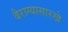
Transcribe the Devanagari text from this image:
बैराग्यासारखे